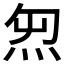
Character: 𱪸